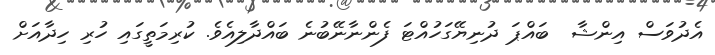
އެދުވަސް އިންޝާ  ބައްޕަ ދުނިޔޭގަހުއްޓަ ފެންނާނޭބުނެ ބައްދާލިއެވެ. ކުރިމަތީގައި ހުރި ހިދާއަށްް